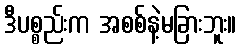
ဒီပစ္စည်းက အစစ်နဲ့မခြားဘူး။